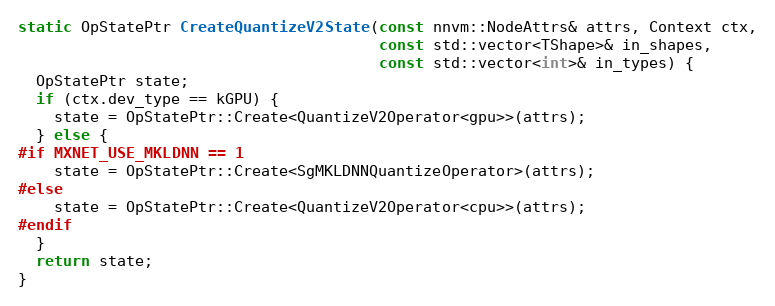
Language: C++
static OpStatePtr CreateQuantizeV2State(const nnvm::NodeAttrs& attrs, Context ctx,
                                        const std::vector<TShape>& in_shapes,
                                        const std::vector<int>& in_types) {
  OpStatePtr state;
  if (ctx.dev_type == kGPU) {
    state = OpStatePtr::Create<QuantizeV2Operator<gpu>>(attrs);
  } else {
#if MXNET_USE_MKLDNN == 1
    state = OpStatePtr::Create<SgMKLDNNQuantizeOperator>(attrs);
#else
    state = OpStatePtr::Create<QuantizeV2Operator<cpu>>(attrs);
#endif
  }
  return state;
}